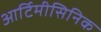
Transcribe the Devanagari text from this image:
आर्टिमीसिनिक